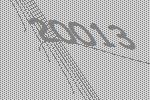
20013